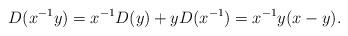
LaTeX: \begin{align*}D(x^{-1}y)=x^{-1}D(y)+yD(x^{-1})=x^{-1}y(x-y).\end{align*}